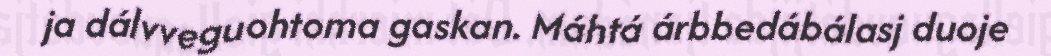
ja dálvveguohtoma gaskan. Máhtá árbbedábálasj duoje